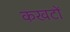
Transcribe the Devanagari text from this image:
कखटों